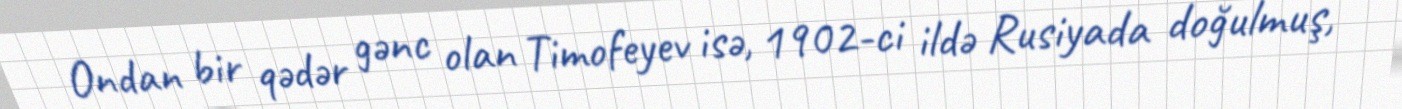
Ondan bir qədər gənc olan Timofeyev isə, 1902‐ci ildə Rusiyada doğulmuş,